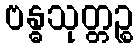
ဗန္ဓသုတ္တဉ္စ